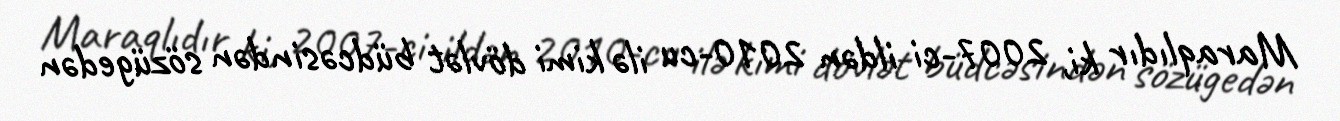
Maraqlıdır ki, 2007-ci ildən 2010-cu ilə kimi dövlət büdcəsindən sözügedən